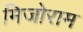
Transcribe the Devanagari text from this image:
मिजोराम